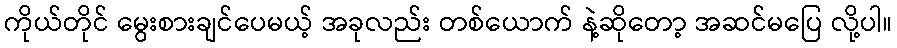
ကိုယ်တိုင် မွေးစားချင်ပေမယ့် အခုလည်း တစ်ယောက် နဲ့ဆိုတော့ အဆင်မပြေ လို့ပါ။